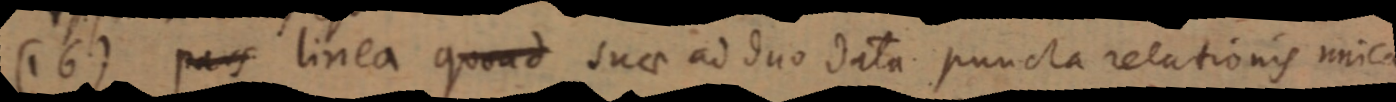
(16) pars linea quond suae ad duo data puncta relationis unica